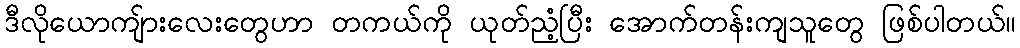
ဒီလိုယောကျ်ားလေးတွေဟာ တကယ်ကို ယုတ်ညံံ့ပြီး အောက်တန်းကျသူတွေ ဖြစ်ပါတယ်။